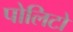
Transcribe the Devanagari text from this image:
पोलिटो